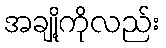
အချို့ကိုလည်း